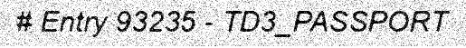
# Entry 93235 - TD3_PASSPORT